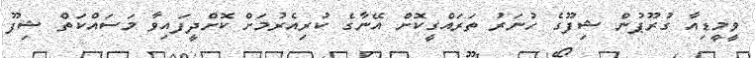
ވީމީޑިއާ ގުރޫޕުން ޝިފޫގެ ހުނަރު ތަރައްގީކޮށް އޭނާގެ ކުރިއެރުމަށް ކޮށްދީފައިވާ މަސައްކަތް ޝިފޫ